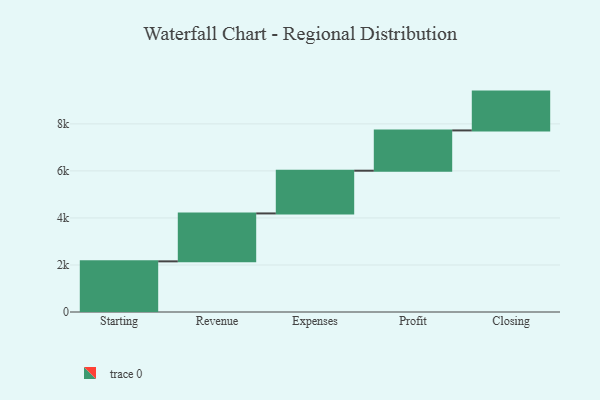
{"axis": {"x": "Step", "y": "Value"}, "legend": [""], "data": [{"x": "Starting", "y": 2154.0, "type": ""}, {"x": "Revenue", "y": 2038.0, "type": ""}, {"x": "Expenses", "y": 1817.0, "type": ""}, {"x": "Profit", "y": 1713.0, "type": ""}, {"x": "Closing", "y": 1651.0, "type": ""}]}